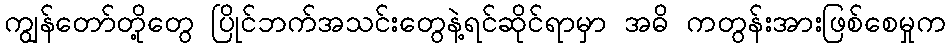
ကျွန်တော်တို့တွေ ပြိုင်ဘက်အသင်းတွေနဲ့ရင်ဆိုင်ရာမှာ အဓိ ကတွန်းအားဖြစ်စေမှုက